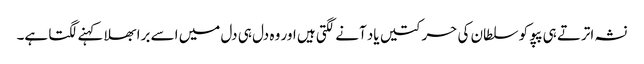
نشہ اترتے ہی پپو کو سلطان کی حرکتیں یاد آنے لگتی ہیں اور وہ دل ہی دل میں اسے برا بھلا کہنے لگتا ہے۔